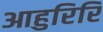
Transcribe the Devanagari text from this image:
आहुरिरि